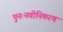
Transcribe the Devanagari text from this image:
पुनःनवीनिकरण